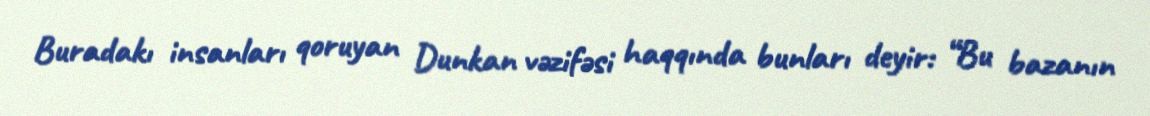
Buradakı insanları qoruyan Dunkan vəzifəsi haqqında bunları deyir: “Bu bazanın